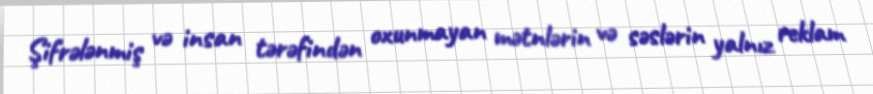
Şifrələnmiş və insan tərəfindən oxunmayan mətnlərin və səslərin yalnız reklam